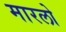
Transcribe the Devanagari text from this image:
मारलो